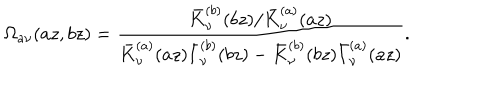
\Omega _ { a \nu } ( a z , b z ) = \frac { \bar { K } _ { \nu } ^ { ( b ) } ( b z ) / \bar { K } _ { \nu } ^ { ( a ) } ( a z ) } { \bar { K } _ { \nu } ^ { ( a ) } ( a z ) \bar { I } _ { \nu } ^ { ( b ) } ( b z ) - \bar { K } _ { \nu } ^ { ( b ) } ( b z ) \bar { I } _ { \nu } ^ { ( a ) } ( a z ) } .